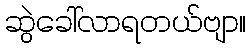
ဆွဲခေါ်လာရတယ်ဗျာ။